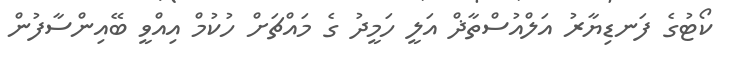
ކޯޓުގެ ފަނޑިޔާރު އަލްއުސްތާޛް އަލީ ހަމީދު ގެ މައްޗަށް ހުކުމް އިއްވީ ބޭއިންސާފުން